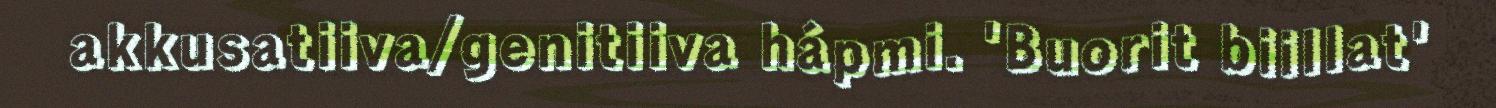
akkusatiiva/genitiiva hápmi. 'Buorit biillat'